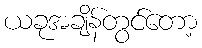
ယခုအချိန်တွင်တော့